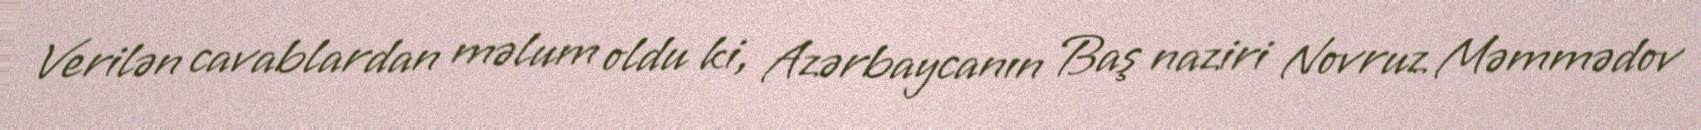
Verilən cavablardan məlum oldu ki, Azərbaycanın Baş naziri Novruz Məmmədov